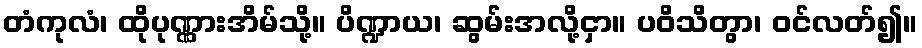
တံကုလံ၊ ထိုပုဏ္ဏားအိမ်သို့။ ပိဏ္ဍာယ၊ ဆွမ်းအလို့ငှာ။ ပဝိသိတွာ၊ ဝင်လတ်၍။